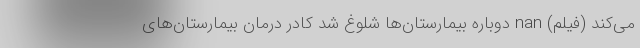
می‌کند (فیلم) nan دوباره بیمارستان‌ها شلوغ شد کادر درمان بیمارستان‌های